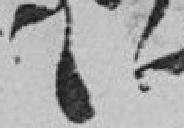
72